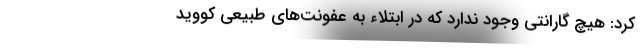
کرد: هیچ گارانتی وجود ندارد که در ابتلاء به عفونت‌های طبیعی کووید